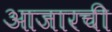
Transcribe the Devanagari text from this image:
आजारची